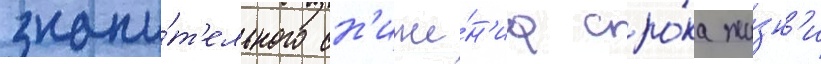
значи́т'ельного сн'иже́н'иа сро́ка жи́зн'и